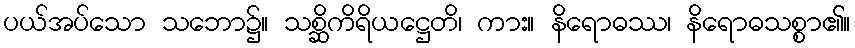
ပယ်အပ်သော သဘော၌။ သစ္ဆိကိရိယဋ္ဌေတိ၊ ကား။ နိရောဓဿ၊ နိရောဓသစ္စာ၏။